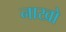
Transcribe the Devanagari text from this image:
नाखो